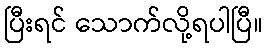
ပြီးရင် သောက်လို့ရပါပြီ။